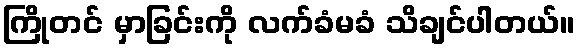
ကြိုတင် မှာခြင်းကို လက်ခံမခံ သိချင်ပါတယ်။